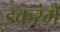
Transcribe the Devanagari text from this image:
इकरंगे